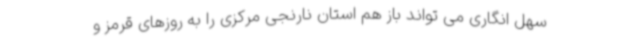
سهل انگاری می تواند باز هم استان نارنجی مرکزی را به روزهای قرمز و